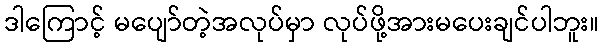
ဒါကြောင့် မပျော်တဲ့အလုပ်မှာ လုပ်ဖို့အားမပေးချင်ပါဘူး။